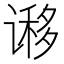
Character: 𰶁